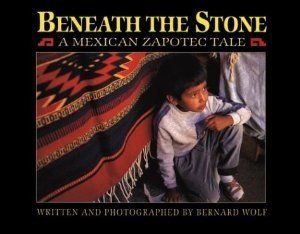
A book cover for Beneath the Stone: A Mexican Zapotec Tale; Bernard Wolf; Children's Books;